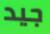
جيد